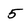
Character: 5